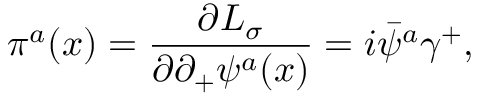
\pi ^ { a } ( x ) = { \frac { \partial { \cal L } _ { \sigma } } { \partial \partial _ { + } \psi ^ { a } ( x ) } } = i \bar { \psi } ^ { a } \gamma ^ { + } ,